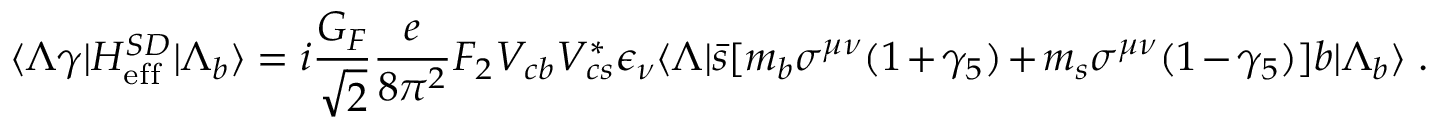
\langle \Lambda \gamma | { \cal H } _ { \mathrm { e f f } } ^ { S D } | \Lambda _ { b } \rangle = i \frac { G _ { F } } { \sqrt 2 } \frac { e } { 8 \pi ^ { 2 } } F _ { 2 } V _ { c b } V _ { c s } ^ { * } \epsilon _ { \nu } \langle \Lambda | \bar { s } [ m _ { b } \sigma ^ { \mu \nu } ( 1 + \gamma _ { 5 } ) + m _ { s } \sigma ^ { \mu \nu } ( 1 - \gamma _ { 5 } ) ] b | \Lambda _ { b } \rangle \; .